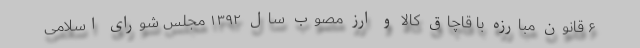
۶ قانون مبارزه با قاچاق کالا و ارز مصوب سال ۱۳۹۲ مجلس شورای اسلامی